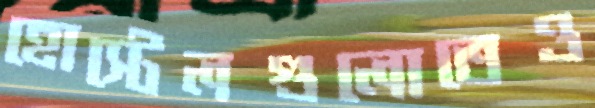
হোস্টেলগুলোতেও